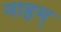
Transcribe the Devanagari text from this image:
नाहम्